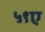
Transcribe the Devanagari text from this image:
५९ए